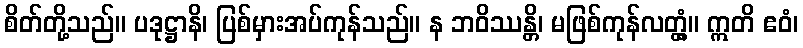
စိတ်တို့သည်။ ပဒုဋ္ဌာနိ၊ ပြစ်မှားအပ်ကုန်သည်။ န ဘဝိဿန္တိ၊ မဖြစ်ကုန်လတ္တံ့။ ဣတိ ဧဝံ၊